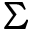
\Sigma